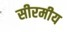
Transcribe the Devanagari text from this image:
सीरमीय